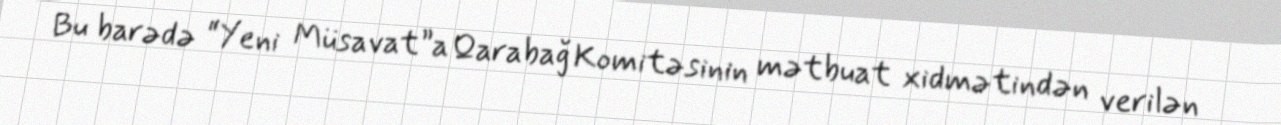
Bu barədə “Yeni Müsavat”a Qarabağ Komitəsinin mətbuat xidmətindən verilən